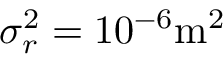
\sigma _ { r } ^ { 2 } = 1 0 ^ { - 6 } \mathrm { m } ^ { 2 }